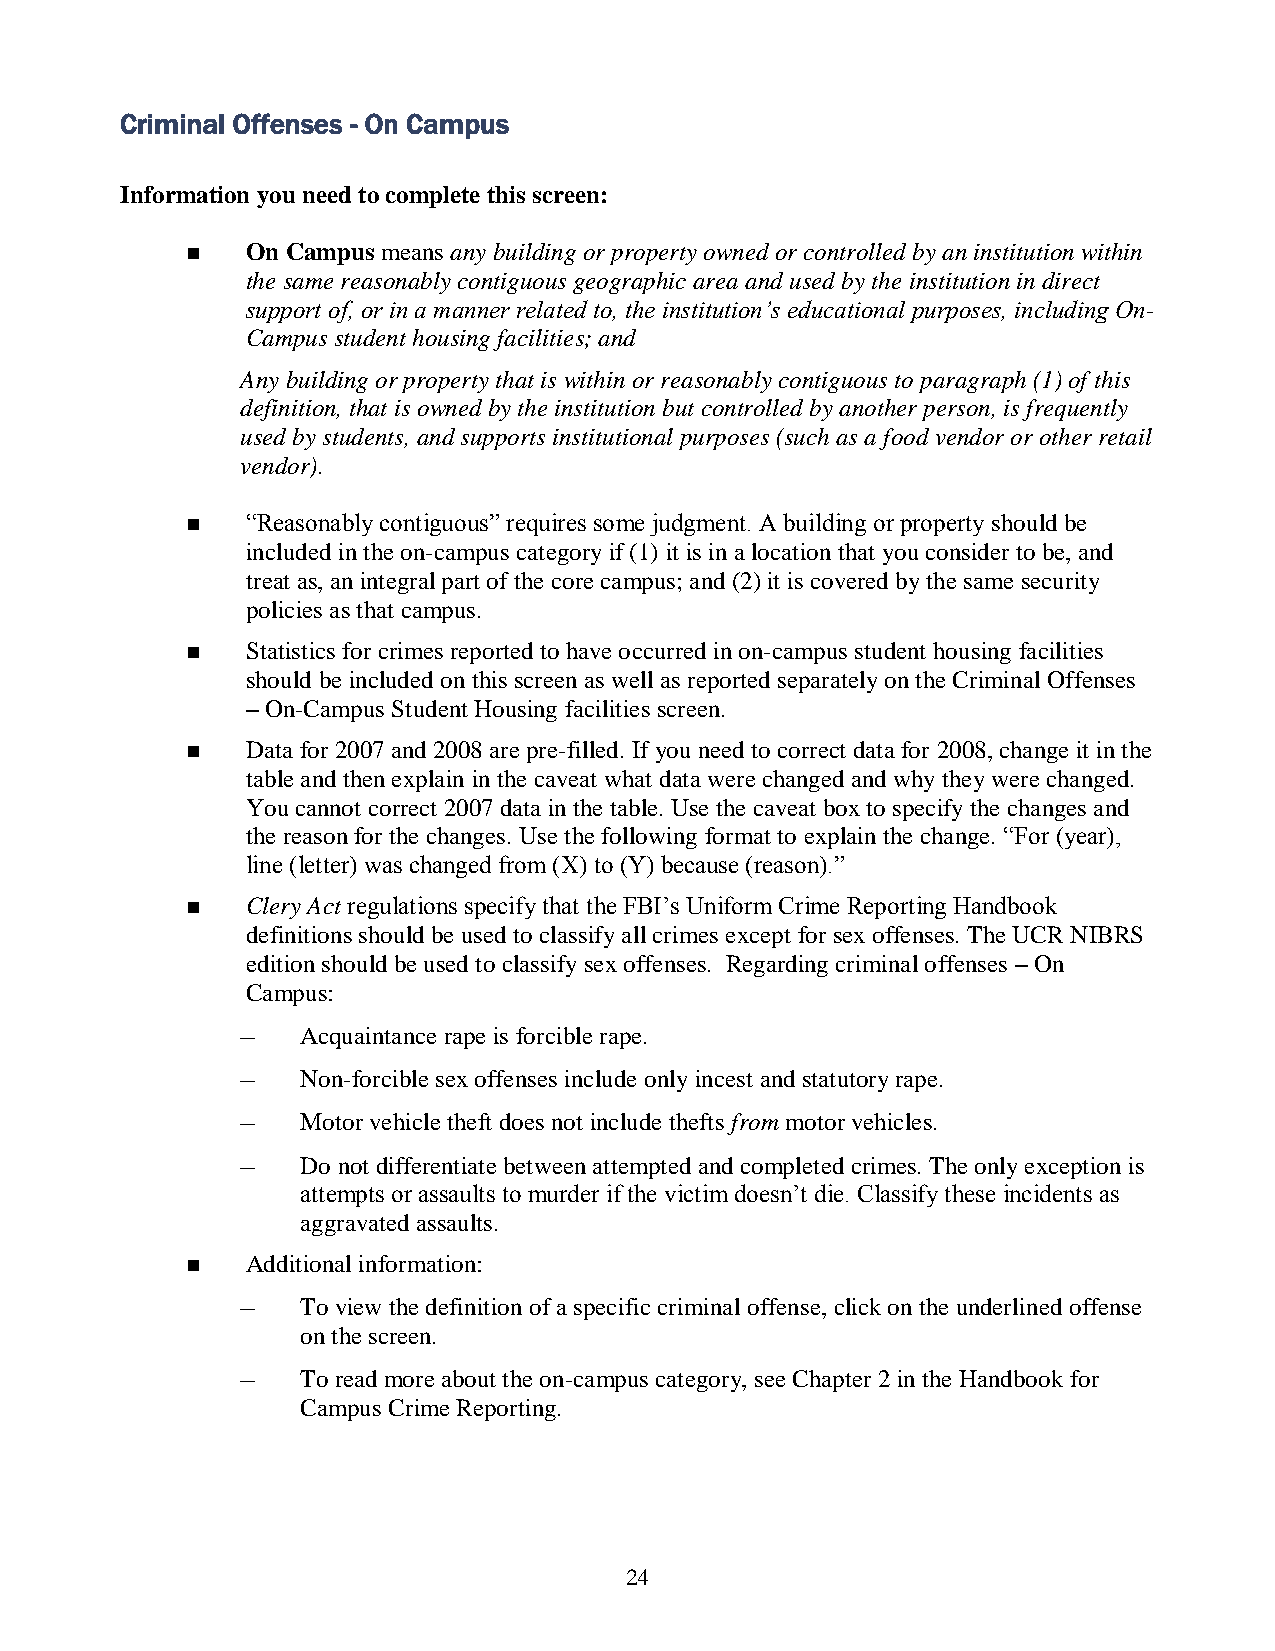
Criminal Offenses - On Campus
 Information you need to complete this screen:
    On Campus means any building or property owned or controlled by an institution within
 the same reasonably contiguous geographic area and used by the institution in direct
 support of, or in a manner related to, the institution’s educational purposes, including On-
 Campus student housing facilities; and
 Any building or property that is within or reasonably contiguous to paragraph (1) of this
 definition, that is owned by the institution but controlled by another person, is frequently
 used by students, and supports institutional purposes (such as a food vendor or other retail
 vendor).
    “Reasonably contiguous” requires some judgment. A building or property should be
 included in the on-campus category if (1) it is in a location that you consider to be, and
 treat as, an integral part of the core campus; and (2) it is covered by the same security
 policies as that campus.
    Statistics for crimes reported to have occurred in on-campus student housing facilities
 should be included on this screen as well as reported separately on the Criminal Offenses
 – On-Campus Student Housing facilities screen.
    Data for 2007 and 2008 are pre-filled. If you need to correct data for 2008, change it in the
 table and then explain in the caveat what data were changed and why they were changed.
 You cannot correct 2007 data in the table. Use the caveat box to specify the changes and
 the reason for the changes. Use the following format to explain the change. “For (year),
 line (letter) was changed from (X) to (Y) because (reason).”
    Clery Act regulations specify that the FBI’s Uniform Crime Reporting Handbook
 definitions should be used to classify all crimes except for sex offenses. The UCR NIBRS
 edition should be used to classify sex offenses. Regarding criminal offenses – On
 Campus:
 –   Acquaintance rape is forcible rape.
 –   Non-forcible sex offenses include only incest and statutory rape.
 –   Motor vehicle theft does not include thefts from motor vehicles.
 –   Do not differentiate between attempted and completed crimes. The only exception is
 attempts or assaults to murder if the victim doesn’t die. Classify these incidents as
 aggravated assaults.
    Additional information:
 –   To view the definition of a specific criminal offense, click on the underlined offense
 on the screen.
 –   To read more about the on-campus category, see Chapter 2 in the Handbook for
 Campus Crime Reporting.
 24